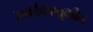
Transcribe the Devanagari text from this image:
हवाईवाहतुकीत